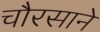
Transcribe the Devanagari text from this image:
चौरसाने